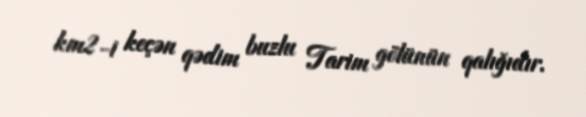
km2-i keçən qədim buzlu Tarim gölünün qalığıdır.